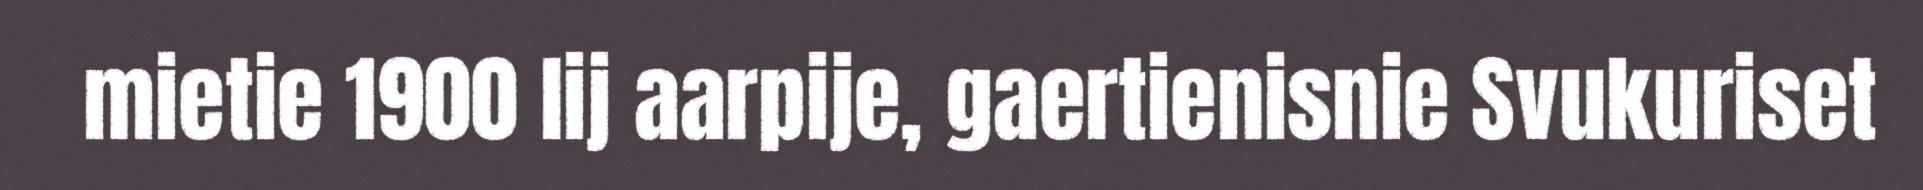
mietie 1900 lij aarpije, gaertienisnie Svukuriset